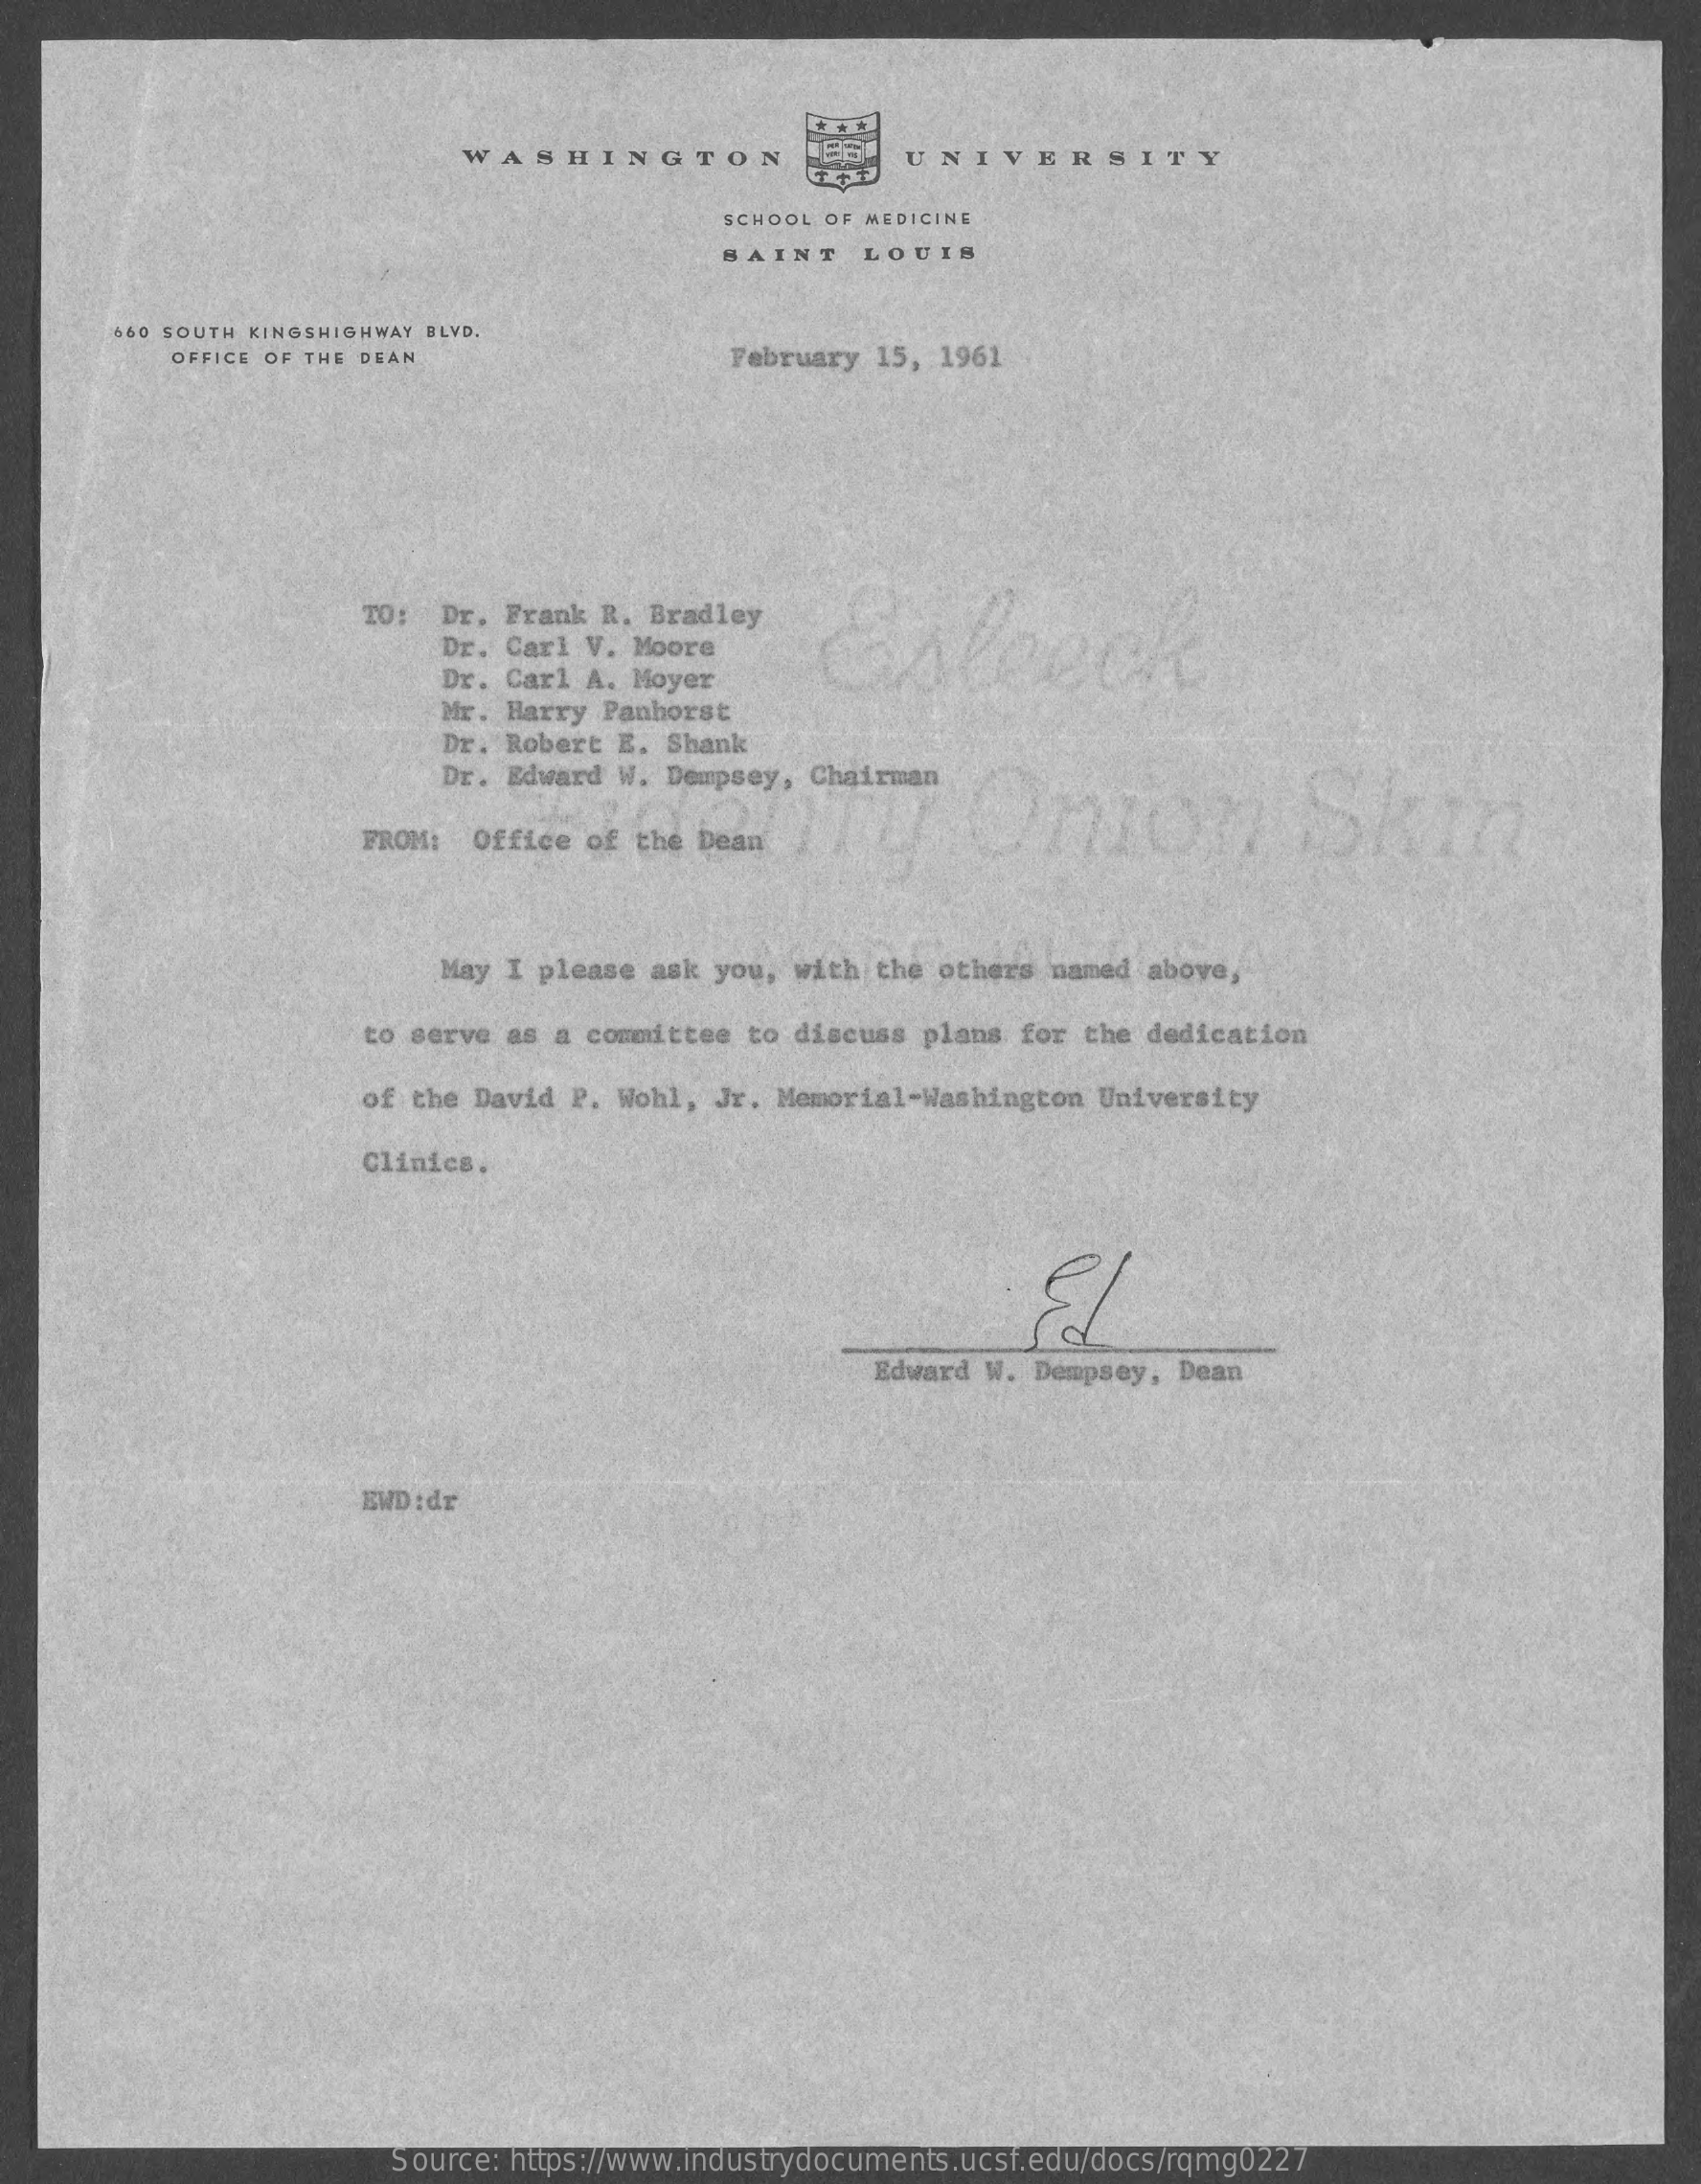
WASHINGTON    UNIVERSITY
     SCHOOL OF MEDICINE
     SAINT    LOUIS
     660 SOUTH KINGSHIGHWAY BLVD.
     OFFICE OF THE DEAN    February 15, 1961
     TO: Dr.  Frank R. Bradley
     Dr. Carl V. Moore
     Dr. Carl A. Moyer
     Mr. Harry Panhorst
     Dr. Robert E. Shank
     Dr. Edward W. Dempsey, Chairman
     Onion    Skin
     FROM:  Office of the Dean
     May  I please ask you, with the  others named above,
     to serve as a committee to discuss  plans for the dedication
     of the David P. Wohl, Jr. Memorial-Washington  University
     Clinics.
     Edward W.  Dempsey, Dean
     EWD :dr
     Source: https://www.industrydocuments.ucsf.edu/docs/rqmg0227